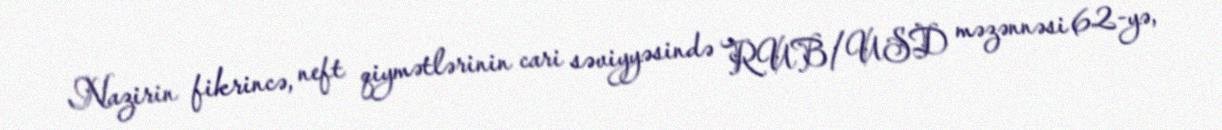
Nazirin fikrincə, neft qiymətlərinin cari səviyyəsində RUB/USD məzənnəsi 62-yə,